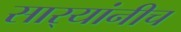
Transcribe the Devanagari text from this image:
सार्‍यांनीच